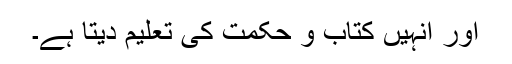
اور انہیں کتاب و حکمت کی تعلیم دیتا ہے۔